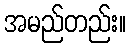
အမည်တည်း။